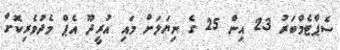
ސެޕްޓެމްބަރު 23 އިން 25 ގެ ނިޔަލަށް މައި އުރީދޫ އެޕް މެދުވެރިކޮށް